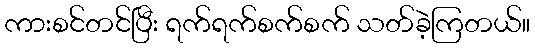
ကားစင်တင်ပြီး ရက်ရက်စက်စက် သတ်ခဲ့ကြတယ်။